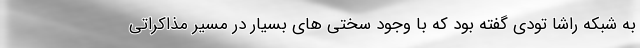
به شبکه راشا تودی گفته بود که با وجود سختی های بسیار در مسیر مذاکراتی